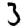
Digit: 3